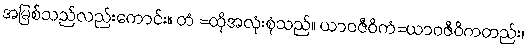
အမြစ်သည်လည်းကောင်း။ တံ =ထိုအလုံးစုံသည်။ ယာဝဇီဝိကံ=ယာဝဇီဝိကတည်း၊